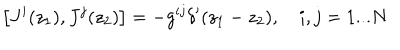
\left[ J ^ { i } ( z _ { 1 } ) , J ^ { j } ( z _ { 2 } ) \right] = - g ^ { i j } \delta ^ { \prime } ( z _ { 1 } - z _ { 2 } ) , \quad i , j = 1 . . . N